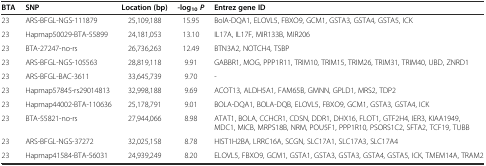
| BTA | SNP | Location (bp) | -log10P | Entrez gene ID |
 | --- | --- | --- | --- | --- |
 | 23 | ARS-BFGL-NGS-111879 | 25,109,188 | 15.95 | BolA-DQA1, ELOVL5, FBXO9, GCM1, GSTA3, GSTA4, GSTA5, ICK |
 | 23 | Hapmap50029-BTA-55899 | 24,181,053 | 13.10 | IL17A, IL17F, MIR133B, MIR206 |
 | 23 | BTA-27247-no-rs | 26,736,263 | 12.49 | BTN3A2, NOTCH4, TSBP |
 | 23 | ARS-BFGL-NGS-105563 | 28,819,118 | 9.91 | GABBR1, MOG, PPP1R11, TRIM10, TRIM15, TRIM26, TRIM31, TRIM40, UBD, ZNRD1 |
 | 23 | ARS-BFGL-BAC-3611 | 33,645,739 | 9.70 | - |
 | 23 | Hapmap57845-rs29014813 | 32,998,188 | 9.69 | ACOT13, ALDH5A1, FAM65B, GMNN, GPLD1, MRS2, TDP2 |
 | 23 | Hapmap44002-BTA-110636 | 25,178,791 | 9.01 | BOLA-DQA1, BOLA-DQB, ELOVL5, FBXO9, GCM1, GSTA3, GSTA4, ICK |
 | 23 | BTA-55821-no-rs | 27,944,066 | 8.98 | ATAT1, BOLA, CCHCR1, CDSN, DDR1, DHX16, FLOT1, GTF2H4, IER3, KIAA1949, MDC1, MICB, MRPS18B, NRM, POU5F1, PPP1R10, PSORS1C2, SFTA2, TCF19, TUBB |
 | 23 | ARS-BFGL-NGS-37272 | 32,025,158 | 8.78 | HIST1H2BA, LRRC16A, SCGN, SLC17A1, SLC17A3, SLC17A4 |
 | 23 | Hapmap41584-BTA-56031 | 24,939,249 | 8.20 | ELOVL5, FBXO9, GCM1, GSTA1, GSTA3, GSTA3, GSTA4, GSTA5, ICK, TMEM14A, TRAM2 |